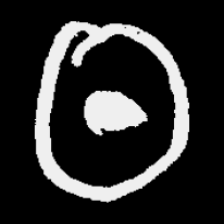
Pyu character \u2014 Myanmar letter: ထ (romanized: tha)